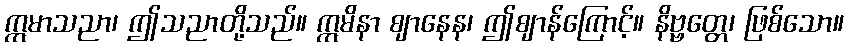
ဣမာသညာ၊ ဤသညာတို့သည်။ ဣမိနာ ဈာနေန၊ ဤဈာန်ကြောင့်။ နိဗ္ဗတ္တေ၊ ဖြစ်သော။